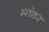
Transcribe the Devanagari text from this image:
मांढर